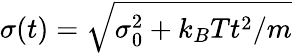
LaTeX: \sigma(t)=\sqrt{\sigma_{0}^{2}+k_{B}Tt^{2}/m}